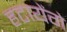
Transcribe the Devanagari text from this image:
हटायेंगे